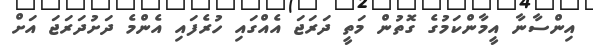
އިންސާނާ އީމާންކަމުގެ ގޮތުން މަތީ ދަރަޖަ އެއްގައި ހުރެފައި އެންމެ ދަށުދަރަޖަ އަށް